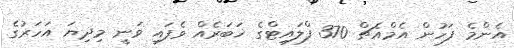
އެންމެ ފަހުން އެމްއެޗް 370 ފްލައިޓްގެ ޚަބަރެއް ވެފައި ވަނީ މިދިޔަ އަހަރުގެ